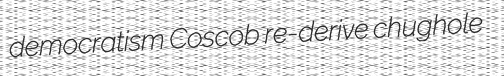
democratism Coscob re-derive chughole